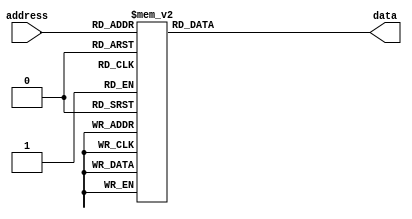
module ROM (
		input [3:0] address,  // 4-bit address input
		output reg [3:0] data // 4-bit data output
	);
	always @(*) begin
		case (address)
			4'b0000: data = 4'b1111; 
			4'b0001: data = 4'b1110; 
			4'b0010: data = 4'b1101; 
			4'b0011: data = 4'b1100;
			4'b0100: data = 4'b1011; 
			4'b0101: data = 4'b1010; 
			4'b0110: data = 4'b1001; 
			4'b0111: data = 4'b1000;
			4'b1000: data = 4'b0111; 
			4'b1001: data = 4'b0110; 
			4'b1010: data = 4'b0101; 
			4'b1011: data = 4'b0100;
			4'b1100: data = 4'b0011; 
			4'b1101: data = 4'b0010; 
			4'b1110: data = 4'b0001; 
			4'b1111: data = 4'b0000;
		endcase
	end

endmodule